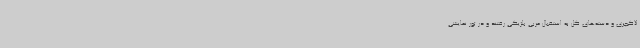
لاکچری و دسته‌های گل به استقبال مربی بلژیکی رفتند و در تور نمایشی